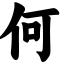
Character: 何